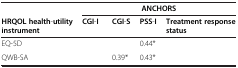
<table><thead><tr><td>[EMPTY_CELL]</td><td colspan="4"><b>ANCHORS</b></td></tr><tr><td><b>HRQOL health-utility instrument</b></td><td><b>CGI-I</b></td><td><b>CGI-S</b></td><td><b>PSS-I</b></td><td><b>Treatment response status</b></td></tr></thead><tbody><tr><td>EQ-5D</td><td>[EMPTY_CELL]</td><td>[EMPTY_CELL]</td><td>0.44*</td><td>[EMPTY_CELL]</td></tr><tr><td>QWB-SA</td><td>[EMPTY_CELL]</td><td>0.39*</td><td>0.43*</td><td>[EMPTY_CELL]</td></tr></tbody></table>